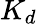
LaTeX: K_{d}